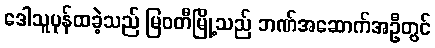
ဒေါသူပုန်ထခဲ့သည် မြဝတီမြို့သည် ဘဏ်အဆောက်အဦတွင်